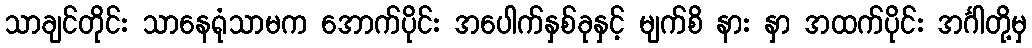
သာချင်တိုင်း သာနေရုံသာမက အောက်ပိုင်း အပေါက်နှစ်ခုနှင့် မျက်စိ နား နှာ အထက်ပိုင်း အင်္ဂါတို့မှ